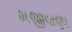
મજીવાણા